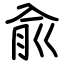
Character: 兪